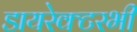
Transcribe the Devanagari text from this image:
डायरेक्टरभी